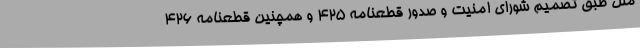
ملل طبق تصمیم شورای امنیت و صدور قطعنامه 425 و همچنین قطعنامه 426